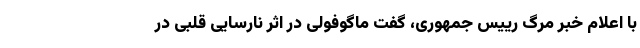
با اعلام خبر مرگ رییس جمهوری، گفت ماگوفولی در اثر نارسایی قلبی در